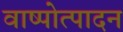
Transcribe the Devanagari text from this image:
वाष्पोत्पादन